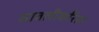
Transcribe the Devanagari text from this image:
सावलीकरिता